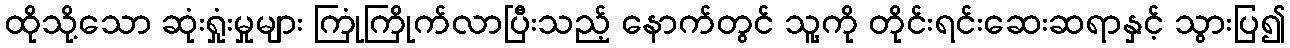
ထိုသို့သော ဆုံးရှုံးမှုများ ကြုံကြိုက်လာပြီးသည့် နောက်တွင် သူ့ကို တိုင်းရင်းဆေးဆရာနှင့် သွားပြ၍